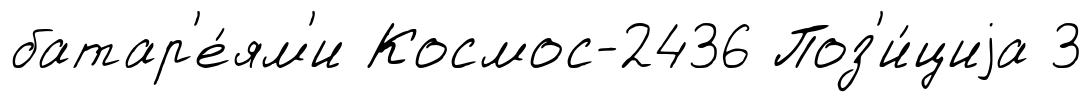
батар'е́ям'и Космос-2436 Поз'и́циjа 3